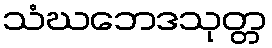
သံဃဘေဒသုတ္တ